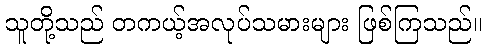
သူတို့သည် တကယ့်အလုပ်သမားများ ဖြစ်ကြသည်။